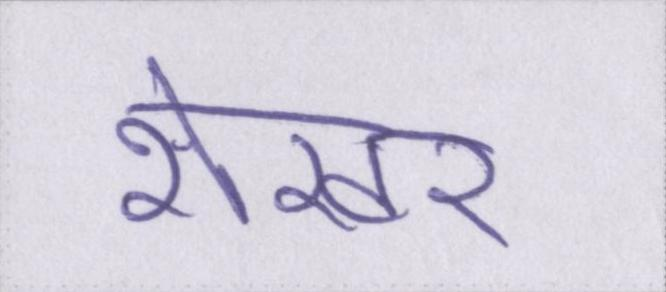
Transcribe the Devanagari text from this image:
शेखर